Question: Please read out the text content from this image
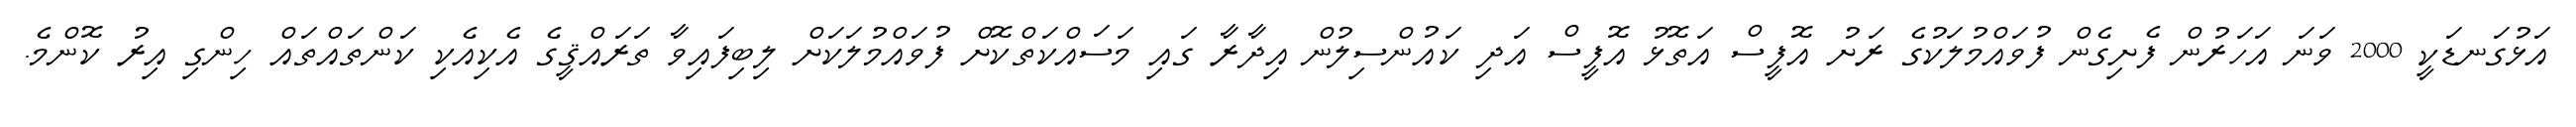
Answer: އަޅުގަނޑަކީ 2000 ވަނަ އަހަރުން ފެށިގެން ފުވައްމުލަކުގެ ރަށު އޮފީސް އަތޮޅު އޮފީސް އަދި ކައުންސިލުން އިދާރާ ގައި މަސައްކަތްކޮށް ފުވައްމުލަކަށް ލިބިފައިވާ ތަރައްޤީގެ އެކިއެކި ކަންތައްތައް ހިންގި އިރު ކޮންމެ.